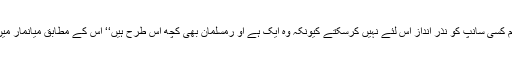
میڈیا کے ساتھ انٹریو میں اس بدبخت نے کہاکہ’’ تم کسی سانپ کو نذر انداز اس لئے نہیں کرسکتے کیونکہ وہ ایک ہے او رمسلمان بھی کچھ اس طرح ہیں‘‘ اس کے مطابق میانمار میں مسلمانوں بدھسٹوں تعداد میں اگے بڑی رہے ہیں۔